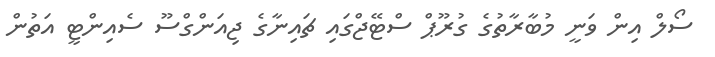
ސޯލް އިން ވަނީ މުބާރާތުގެ ގުރޫޕް ސްޓޭޖްގައި ޗައިނާގެ ޖިއަންގްސޫ ސެއިންޓީ އަތުން